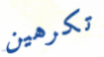
تكرهين